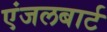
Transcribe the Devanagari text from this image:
एंजलबार्ट